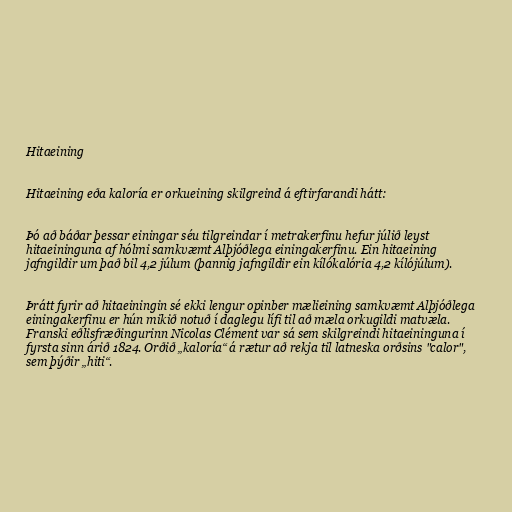
Hitaeining

Hitaeining eða kaloría er orkueining skilgreind á eftirfarandi hátt:

Þó að báðar þessar einingar séu tilgreindar í metrakerfinu hefur júlið leyst
hitaeininguna af hólmi samkvæmt Alþjóðlega einingakerfinu. Ein hitaeining
jafngildir um það bil 4,2 júlum (þannig jafngildir ein kílókalória 4,2 kílójúlum).

Þrátt fyrir að hitaeiningin sé ekki lengur opinber mælieining samkvæmt Alþjóðlega
einingakerfinu er hún mikið notuð í daglegu lífi til að mæla orkugildi matvæla.
Franski eðlisfræðingurinn Nicolas Clément var sá sem skilgreindi hitaeininguna í
fyrsta sinn árið 1824. Orðið „kaloría“ á rætur að rekja til latneska orðsins "calor",
sem þýðir „hiti“.